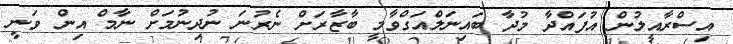
އިސްރާއީލުން އުފައްދާ މުދާ ބައިނަލްއަގްވާމީ ބާޒާރަށް ނެރުނަ ނުދިނުމަށް ނާމް އިން ވަނީ